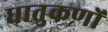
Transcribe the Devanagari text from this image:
धातुकणों